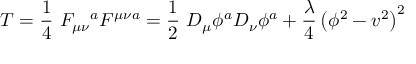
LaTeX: T = \frac { 1 } { 4 } \ F _ { \mu \nu } \mathrm { } ^ { a } F ^ { \mu \nu a } = \frac { 1 } { 2 } \ D _ { \mu } \phi ^ { a } D _ { \nu } \phi ^ { a } + \frac { \lambda } { 4 } \left( \phi ^ { 2 } - v ^ { 2 } \right) ^ { 2 }